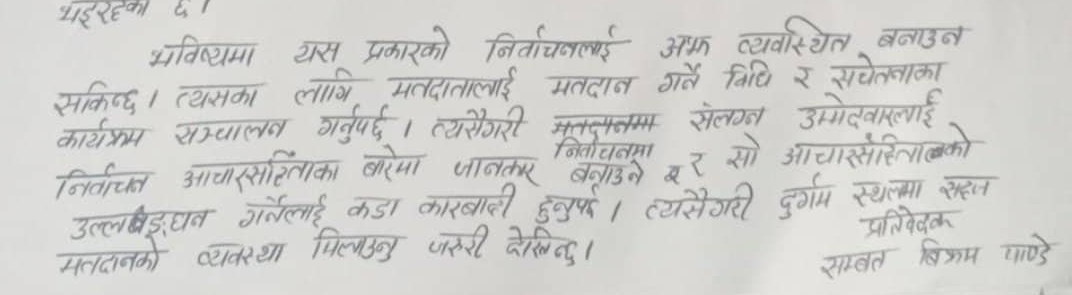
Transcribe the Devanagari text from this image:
भइरहेका छ ।
भविष्यमा यस प्रकारको निर्वाचनलाई अझ व्यवस्थित बनाउन
सकिन्छ । त्यसका लागि मतदातालाई मतदान गर्ने विधि र सचेतनाका
कार्यक्रम सञ्चालन गर्नुपर्छ । त्यसैगरी मतदानमा संलग्न उम्मेदवारलाई
निर्वाचन आचारसंहिताका बारेमा जानकार बनाउने र सो आचारसंहिताको
उल्लङ्घन गर्नेलाई कडा कारबाही हुनुपर्छ । त्यसैगरी दुर्गम स्थलमा सहज
मतदानको व्यवस्था मिलाउनु जरुरी देखिन्छ ।
प्रतिवेदक
सम्बत विक्रम पाण्डे